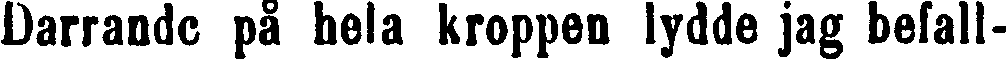
Darrande på hela kroppen lydde jag befall-